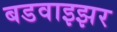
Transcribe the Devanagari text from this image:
बडवाइझर